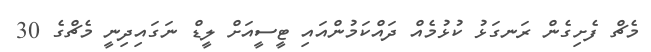
މެޗް ފެށިގެން ރަނގަޅު ކުޅުމެއް ދައްކަމުންއައި ޓީސީއަށް ލީޑް ނަގައިދިނީ މެޗްގެ 30